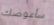
سأعوضك